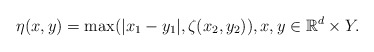
\begin{align*}\eta(x,y)=\max(|x_1-y_1|,\zeta(x_2,y_2)),x,y\in \mathbb{R}^d\times Y.\end{align*}